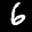
Label: 6